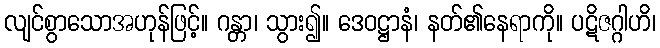
လျင်စွာသောအဟုန်ဖြင့်။ ဂန္တာ၊ သွား၍။ ဒေဝဋ္ဌာနံ၊ နတ်၏နေရာကို။ ပဋိဇဂ္ဂါဟိ၊